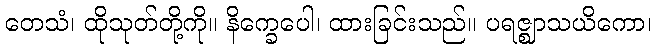
တေသံ၊ ထိုသုတ်တို့ကို။ နိက္ခေပေါ၊ ထားခြင်းသည်။ ပရဇ္ဈာသယိကော၊